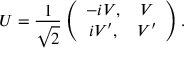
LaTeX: U = \frac 1 { \sqrt { 2 } } \left( \begin{array} { c c } { { - i V , } } & { { V } } \\ { { i V ^ { \prime } , } } & { { V ^ { \prime } } } \end{array} \right) .